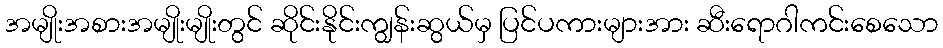
အမျိုးအစားအမျိုးမျိုးတွင် ဆိုင်းနိုင်းကျွန်းဆွယ်မှ ပြင်ပကားများအား ဆီးရောဂါကင်းစေသော